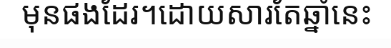
មុនផងដែរ។ដោយសារតែឆ្នាំនេះ